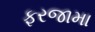
ફરજામા